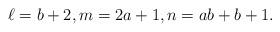
LaTeX: \begin{align*}\ell=b+2,m=2a+1,n=ab+b+1.\end{align*}